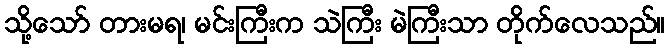
သို့သော် တားမရ၊ မင်းကြီးက သဲကြီး မဲကြီးသာ တိုက်လေသည်။